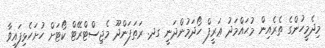
މިދެމީހުންގެ ތެރެއިން މުޙައްމަދު ޢަރީފް ހޯދަމުންދަނީ ގދ. ރަތަފަންދޫ މެޖިސްޓްރޭޓް ކޯޓަށް ހުށަހެޅިފައިވާ